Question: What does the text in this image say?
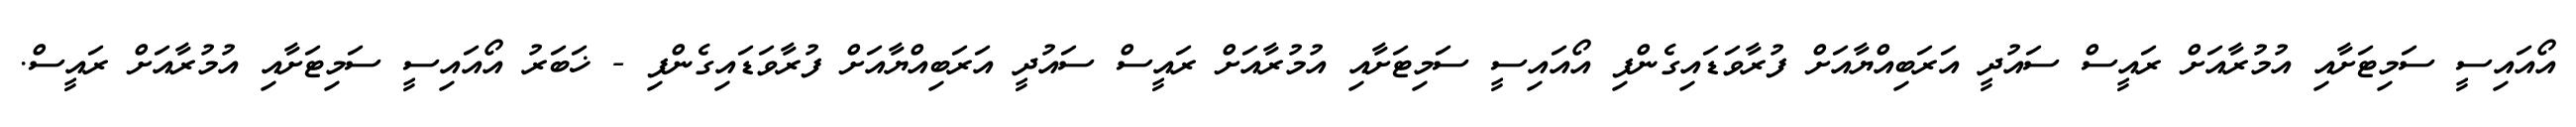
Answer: އޯއައިސީ ސަމިޓަށާއި އުމުރާއަށް ރައީސް ސައުދީ އަރަބިއްޔާއަށް ފުރާވަޑައިގެންފި އޯއައިސީ ސަމިޓަށާއި އުމުރާއަށް ރައީސް ސައުދީ އަރަބިއްޔާއަށް ފުރާވަޑައިގެންފި - ޚަބަރު އޯއައިސީ ސަމިޓަށާއި އުމުރާއަށް ރައީސް.